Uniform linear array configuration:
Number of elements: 12
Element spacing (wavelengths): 1
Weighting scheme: kaiser
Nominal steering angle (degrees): -60
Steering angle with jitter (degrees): -58.33
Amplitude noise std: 0.05
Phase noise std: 0.05

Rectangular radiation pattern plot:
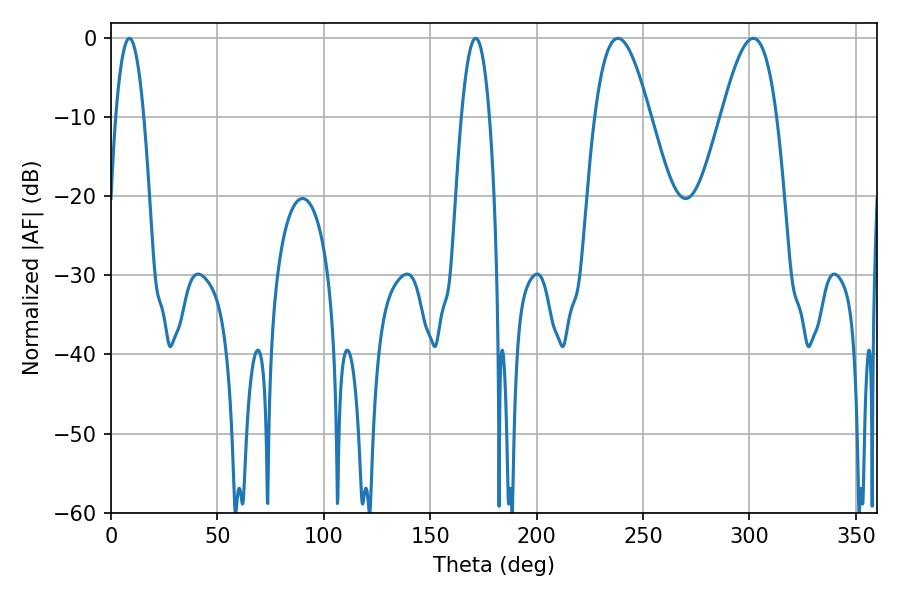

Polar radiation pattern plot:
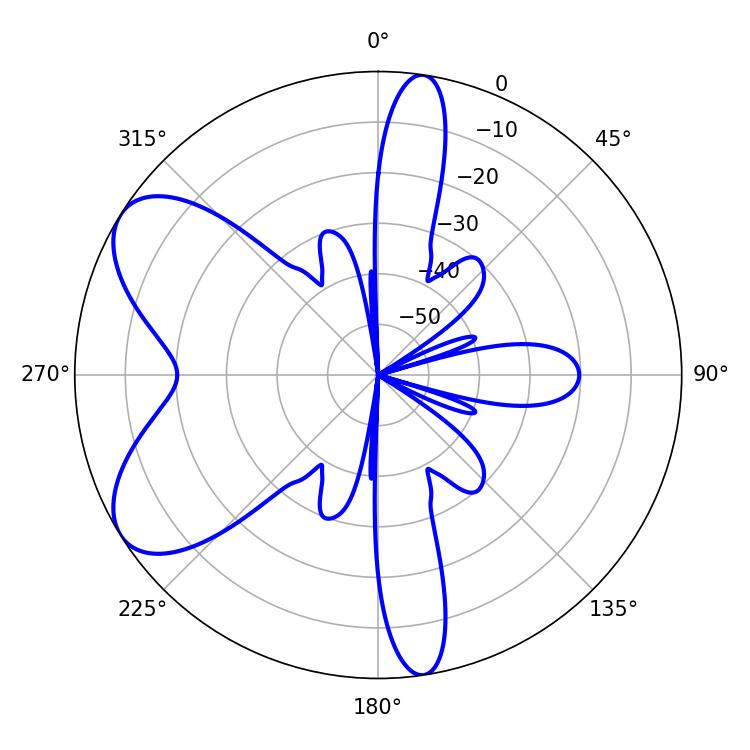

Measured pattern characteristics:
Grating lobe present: TRUE
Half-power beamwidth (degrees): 7.2
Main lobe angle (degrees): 8.64